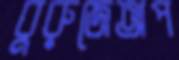
বুরুজেঅপ